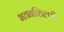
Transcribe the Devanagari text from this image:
भवनशिल्पी